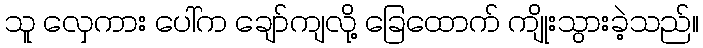
သူ လှေကား ပေါ်က ချော်ကျလို့ ခြေထောက် ကျိုးသွားခဲ့သည်။